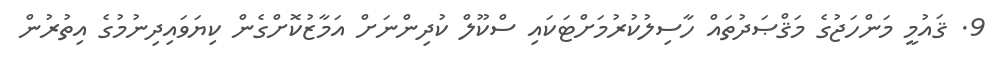
9. ޤައުމީ މަންހަޖުގެ މަޤްޞަދުތައް ހާސިލުކުރުމަށްޓަކައި ސްކޫލް ކުދިންނަށް އަމާޒުކޮށްގެން ކިޔަވައިދިނުމުގެ އިތުރުން